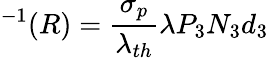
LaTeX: ^{-1}(R)=\frac{\sigma_{p}}{\lambda_{th}}\lambda P_{3}N_{3}d_{3}